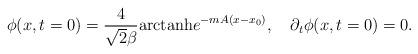
LaTeX: \begin{align*}\phi(x,t=0)={4\over{\sqrt2\beta}}\hbox{arctanh} e^{-mA(x-x_0)},\quad\partial_t\phi(x,t=0)=0.\end{align*}